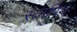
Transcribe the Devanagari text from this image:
स्तापिथ